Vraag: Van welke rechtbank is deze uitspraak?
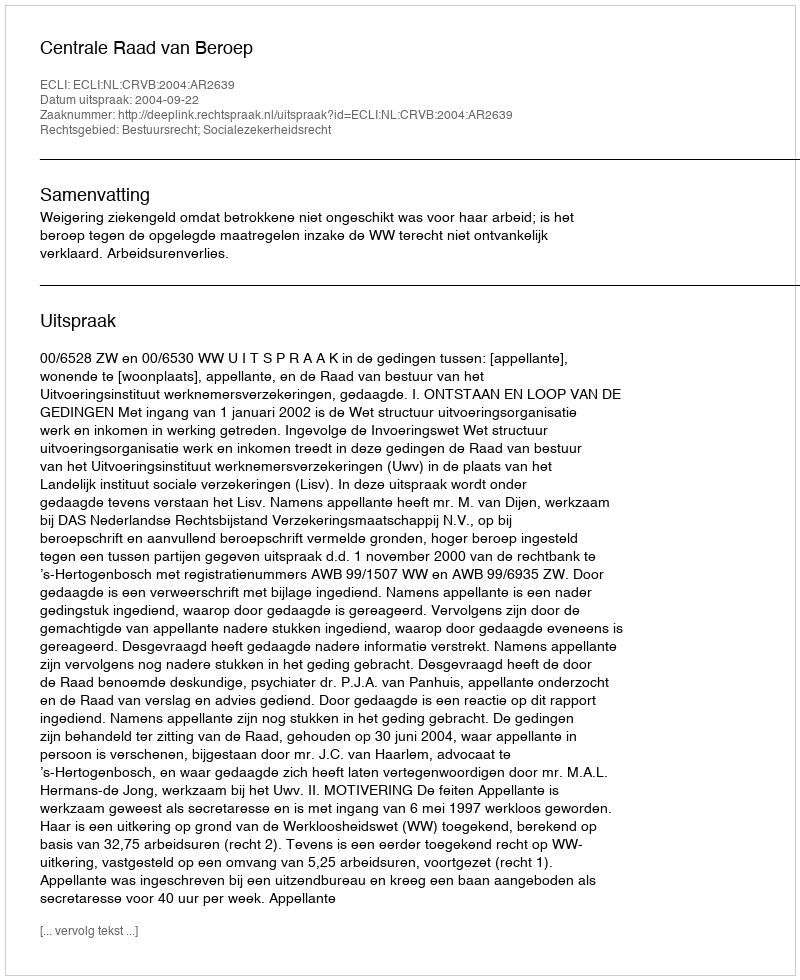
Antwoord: Centrale Raad van Beroep